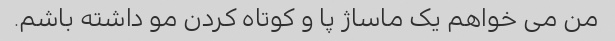
من می خواهم یک ماساژ پا و کوتاه کردن مو داشته باشم.